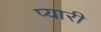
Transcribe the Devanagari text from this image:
प्‍यारी